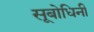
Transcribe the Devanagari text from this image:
सूबोधिनी